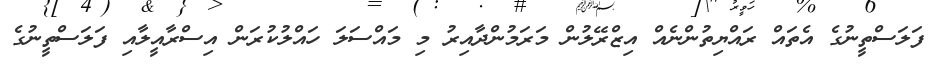
ފަލަސްތީނުގެ އެތައް ރައްޔިތުންނެއް އިޒްރޭލުން މަރަމުންދާއިރު މި މައްސަލަ ހައްލުކުރަން އިސްރާއީލާއި ފަލަސްތީނުގެ